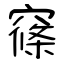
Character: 窱